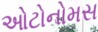
ઓટોનોમસ